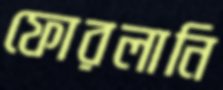
ফোরলানি